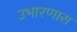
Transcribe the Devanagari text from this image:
उभारणारा